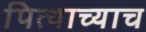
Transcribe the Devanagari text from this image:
पित्याच्याच